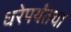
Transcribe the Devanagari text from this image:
धरेपर्यंतचा